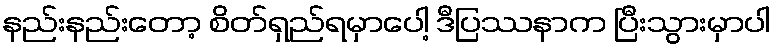
နည်းနည်းတော့ စိတ်ရှည်ရမှာပေါ့ ဒီပြဿနာက ပြီးသွားမှာပါ